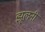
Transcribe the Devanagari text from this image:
झूलनी